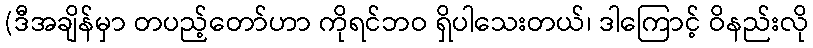
(ဒီအချိန်မှာ တပည့်တော်ဟာ ကိုရင်ဘဝ ရှိပါသေးတယ်၊ ဒါကြောင့် ဝိနည်းလို